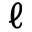
\ell